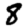
Digit: 8